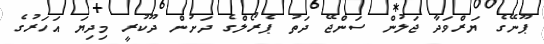
ޕޫނޭގެ ޔަރްވަދާ ޖަލުން ސަންޖޭ ދަތު ޕެރޯލްގެ ދަށުން ދޫކުރީ މިދިޔަ އަހަރުގެ